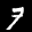
Label: 7